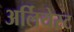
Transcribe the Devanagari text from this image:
अर्लियेस्ट